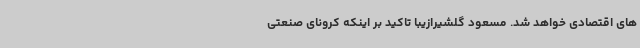
های اقتصادی خواهد شد. مسعود گلشیرازیبا تاکید بر اینکه کرونای صنعتی